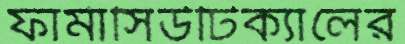
ফার্মাসিউটিক্যালের